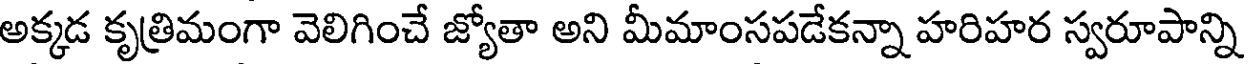
అక్కడ కృత్రిమంగా వెలిగించే జ్యోతా అని మీమాంసపడేకన్నా హరిహర స్వరూపాన్ని